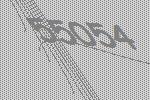
55054